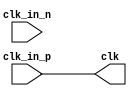
module ad_lvds_clk (

  clk_in_p,
  clk_in_n,
  clk);

  parameter   BUFTYPE       = 0;
  localparam  SERIES7       = 0;
  localparam  VIRTEX6       = 1;

  input     clk_in_p;
  input     clk_in_n;
  output    clk;
  
  assign clk = clk_in_p;

endmodule